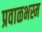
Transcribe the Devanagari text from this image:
प्रवाळभस्म